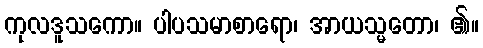
ကုလဒူသကော။ ပါပသမာစာရော၊ အာယသ္မတော၊ ၏။